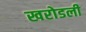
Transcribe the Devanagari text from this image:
खरोडली